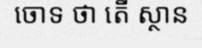
ចោទ ថា តើ ស្ថាន